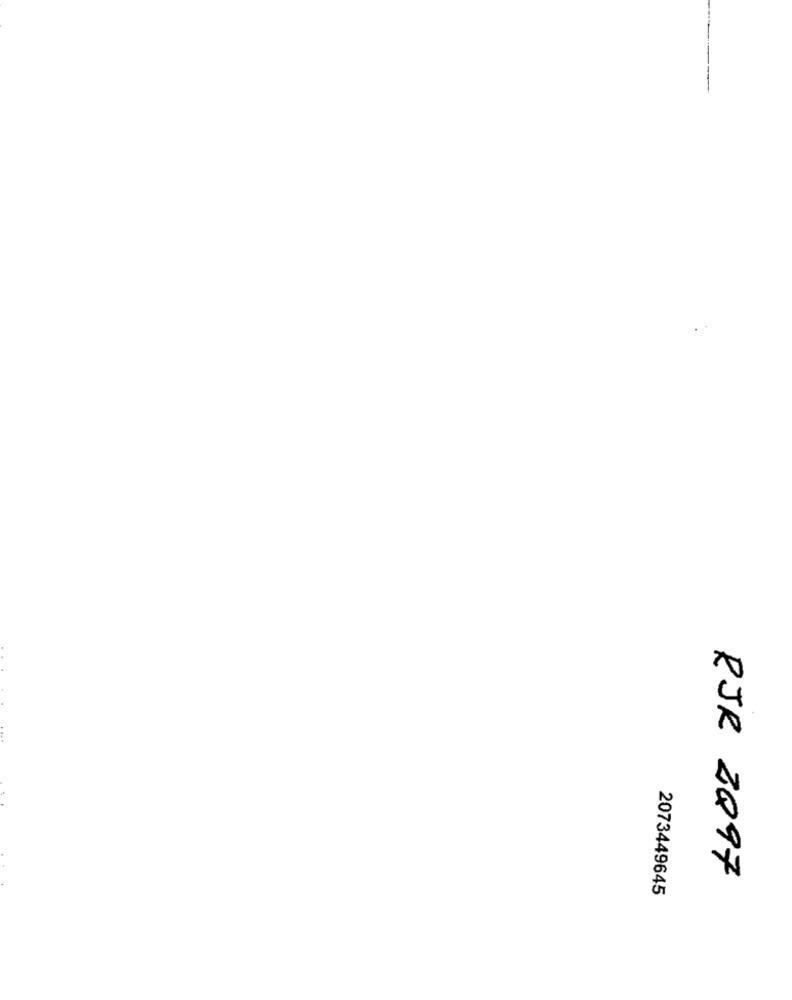
RJR ZQ97
2073449645